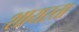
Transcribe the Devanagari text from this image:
शायस्ता